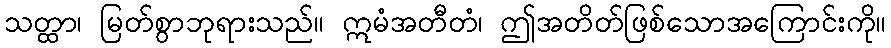
သတ္ထာ၊ မြတ်စွာဘုရားသည်။ ဣမံအတီတံ၊ ဤအတိတ်ဖြစ်သောအကြောင်းကို။